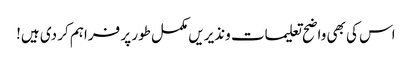
اس کی بھی واضح تعلیمات ونذیریں مکمل طور پر فراہم کر دی ہیں!